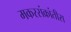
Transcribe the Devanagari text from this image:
मकरसंक्रांतीस